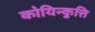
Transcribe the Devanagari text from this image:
कोयिन्कुत्ति